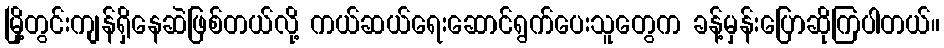
မြို့တွင်းကျန်ရှိနေဆဲဖြစ်တယ်လို့ ကယ်ဆယ်ရေးဆောင်ရွက်ပေးသူတွေက ခန့်မှန်းပြောဆိုကြပါတယ်။